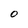
Character: 0